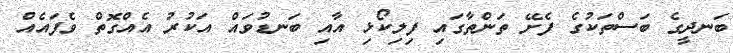
ބަނދީގެ ބަސްތަކުގެ ފެށޭ ތަންތާގައި ފިލިކޯޅި އާއި ބަނޑުވައް އަކުރު އެއްގޮތް ވެފައެއް